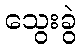
သွေးခွဲ